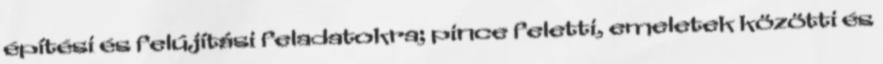
építési és felújítási feladatokra; pince feletti, emeletek közötti és